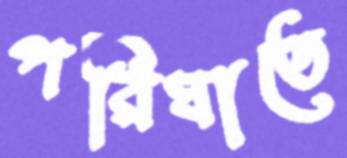
পরিঘাতে